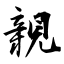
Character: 親